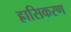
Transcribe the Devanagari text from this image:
ह्रासिकरण